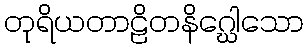
တုရိယတာဠိတနိဂ္ဃေါသော